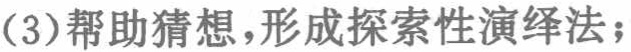
(3)帮助猜想，形成探索性演绎法；